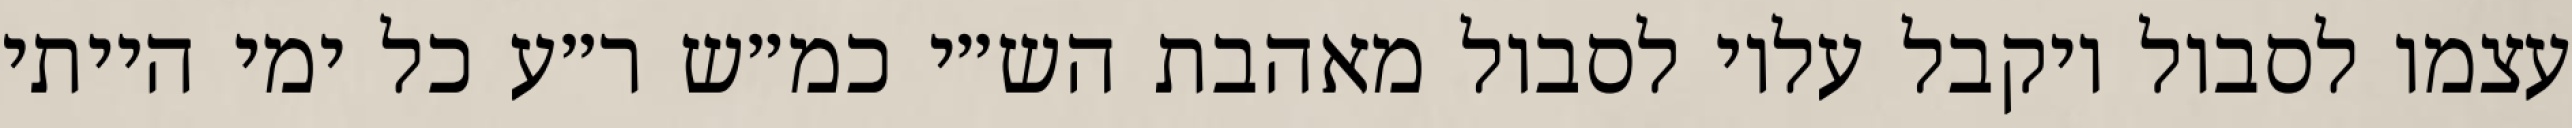
עצמו לסבול ויקבל עליו לסבול מאהבת הש״י כמ״ש ר״ע כל ימי הייתי